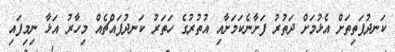
ކަނދުފަތިތަށް އެޅުމަށް ދަތުރު ފަށާނެކަމަށާއި އުތުރުގެ ހަތަރު ކަނދުފައްޗެއް މިހާރު އަޅާ ނިމިފައި